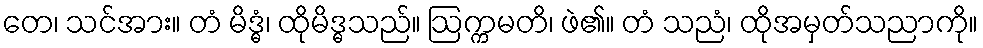
တေ၊ သင်အား။ တံ မိဒ္ဓံ၊ ထိုမိဒ္ဓသည်။ ဩက္ကမတိ၊ ဖဲ၏။ တံ သညံ၊ ထိုအမှတ်သညာကို။